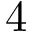
4